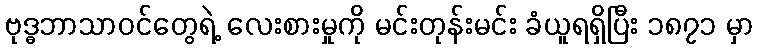
ဗုဒ္ဓဘာသာဝင်တွေရဲ့ လေးစားမှုကို မင်းတုန်းမင်း ခံယူရရှိပြီး ၁၈၇၁ မှာ